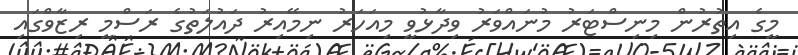
މީގެ އިތުރުން މިނިސްޓަރު މުނައްވަރު ވިދާޅުވީ މިއަހަރު ނިމޭއިރު ދައުލަތުގެ ރަސްމީ ރިޒާވްގައި